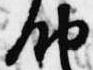
納